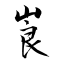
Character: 崀